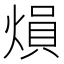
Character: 熉